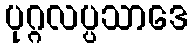
ပုဂ္ဂလပ္ပသာဒေ